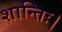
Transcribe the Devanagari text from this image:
शान्तिः।